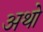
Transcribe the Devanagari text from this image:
अथो